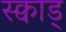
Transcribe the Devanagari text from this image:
स्क्वाड्